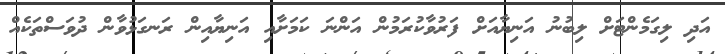
އަދި ލިގަމެންޓަށް ލިބުނު އަނިޔާއަށް ފަރުވާކުރަމުން އަންނަ ކަމަށާއި އަނިޔާއިން ރަނގަޅުވާން ދުވަސްތަކެއް